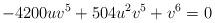
LaTeX: \begin{align*}-4200 u v^5+504 u^2 v^5 + v^6=0\end{align*}